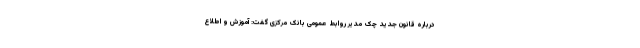
درباره قانون جدید چک مدیر روابط عمومی بانک مرکزی گفت: آموزش و اطلاع